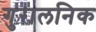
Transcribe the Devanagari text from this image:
गुरालनिक